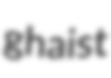
ghaist